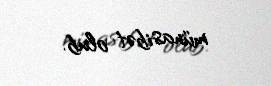
münasibət olub.